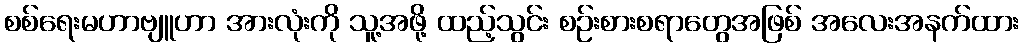
စစ်ရေးမဟာဗျူဟာ အားလုံးကို သူ့အဖို့ ထည့်သွင်း စဉ်းစားစရာတွေအဖြစ် အလေးအနက်ထား